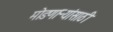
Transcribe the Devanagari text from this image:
मोडणाऱ्यांसाठी